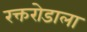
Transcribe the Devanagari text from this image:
रक्तरोडाला